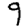
Digit: 9